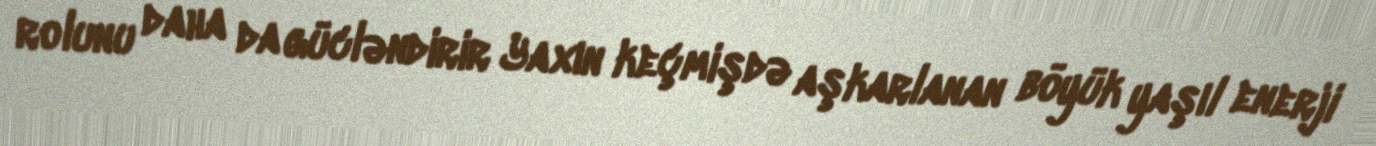
rolunu daha da gücləndirir Yaxın keçmişdə aşkarlanan böyük yaşıl enerji